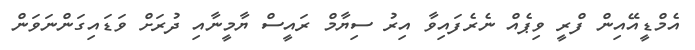
އެމްޑީއޭއިން ފްރީ ވިޕެއް ނެރެފައިވާ އިރު ސިޔާމް ރައީސް ޔާމީނާއި ދުރަށް ވަޑައިގަންނަވަން